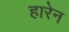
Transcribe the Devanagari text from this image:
हारेन